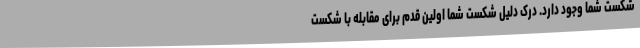
شکست شما وجود دارد. درک دلیل شکست شما اولین قدم برای مقابله با شکست